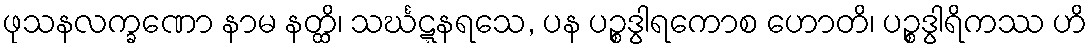
ဖုသနလက္ခဏော နာမ နတ္ထိ၊ သင်္ဃဋ္ဋနရသေ, ပန ပဉ္စဒွါရကောစ ဟောတိ၊ ပဉ္စဒွါရိကဿ ဟိ